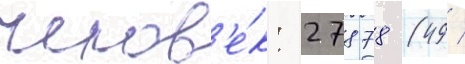
челов'е́к: 27878 (49 /